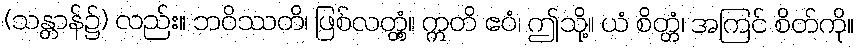
(သန္တာန်၌) လည်း။ ဘဝိဿတိ၊ ဖြစ်လတ္တံ့။ ဣတိ ဧဝံ၊ ဤသို့။ ယံ စိတ္တံ၊ အကြင် စိတ်ကို။